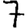
Digit: 7